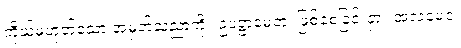
ကိုယ်မဟုတ်သော အမှတ်သညာကို။ ဥပဋ္ဌာမေတုံ၊ ဖြစ်စေခြင်းငှာ။ အလမေဝ၊